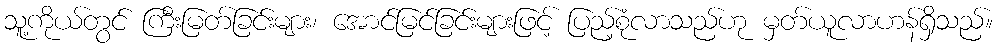
သူ့ကိုယ်တွင် ကြီးမြတ်ခြင်းများ၊ အောင်မြင်ခြင်းများဖြင့် ပြည့်စုံလာသည်ဟု မှတ်ယူလာဟန်ရှိသည်။